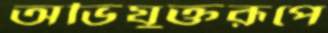
অভিযুক্তরূপে